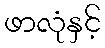
ဖာလုံနှင့်